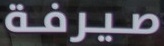
صیرفة